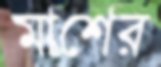
মাশের